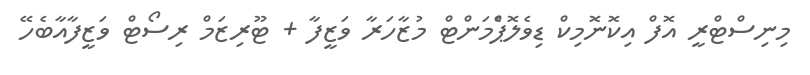
މިނިސްޓްރީ އޮފް އިކޮނޮމިކް ޑިވެލޮޕްެމަންޓް މުޒާހަރާ ވަޒީފާ + ޓޫރިޒަމް ރިސޯޓް ވަޒީފާއާބެހޭ